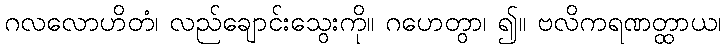
ဂလလောဟိတံ၊ လည်ချောင်းသွေးကို။ ဂဟေတွာ၊ ၍။ ဗလိကရဏတ္ထာယ၊